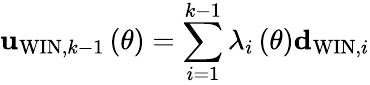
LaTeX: {\mathbf u}_{\mathrm{WIN},k-1}\left(\theta\right)=\sum_{i=1}^{k-1}\lambda_{i}\left(\theta\right){\mathbf d}_{\mathrm{WIN},i}